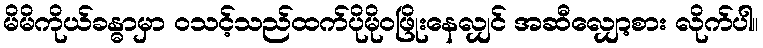
မိမိကိုယ်ခန္ဓာမှာ ဝသင့်သည်ထက်ပိုမိုဝဖြိုးနေလျှင် အဆီလျှော့စား လိုက်ပါ။